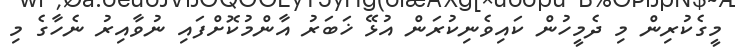
މީގެކުރިން މި ދެމީހުން ކައިވެނިކުރަން އުޅޭ ޚަބަރު އާންމުކޮށްފައި ނުވާއިރު ނެހާގެ މި